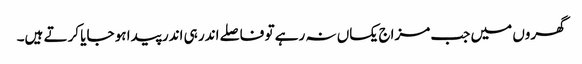
گھروں میں جب مزاج یکساں نہ رہے تو فاصلے اندر ہی اندر پیدا ہو جایا کرتے ہیں۔